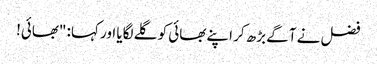
فضل نے آگے بڑھ کر اپنے بھائی کو گلے لگایا اور کہا: "بھائی!